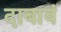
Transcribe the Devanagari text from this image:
दाबावं